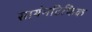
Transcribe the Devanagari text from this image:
सायंनटिफिक